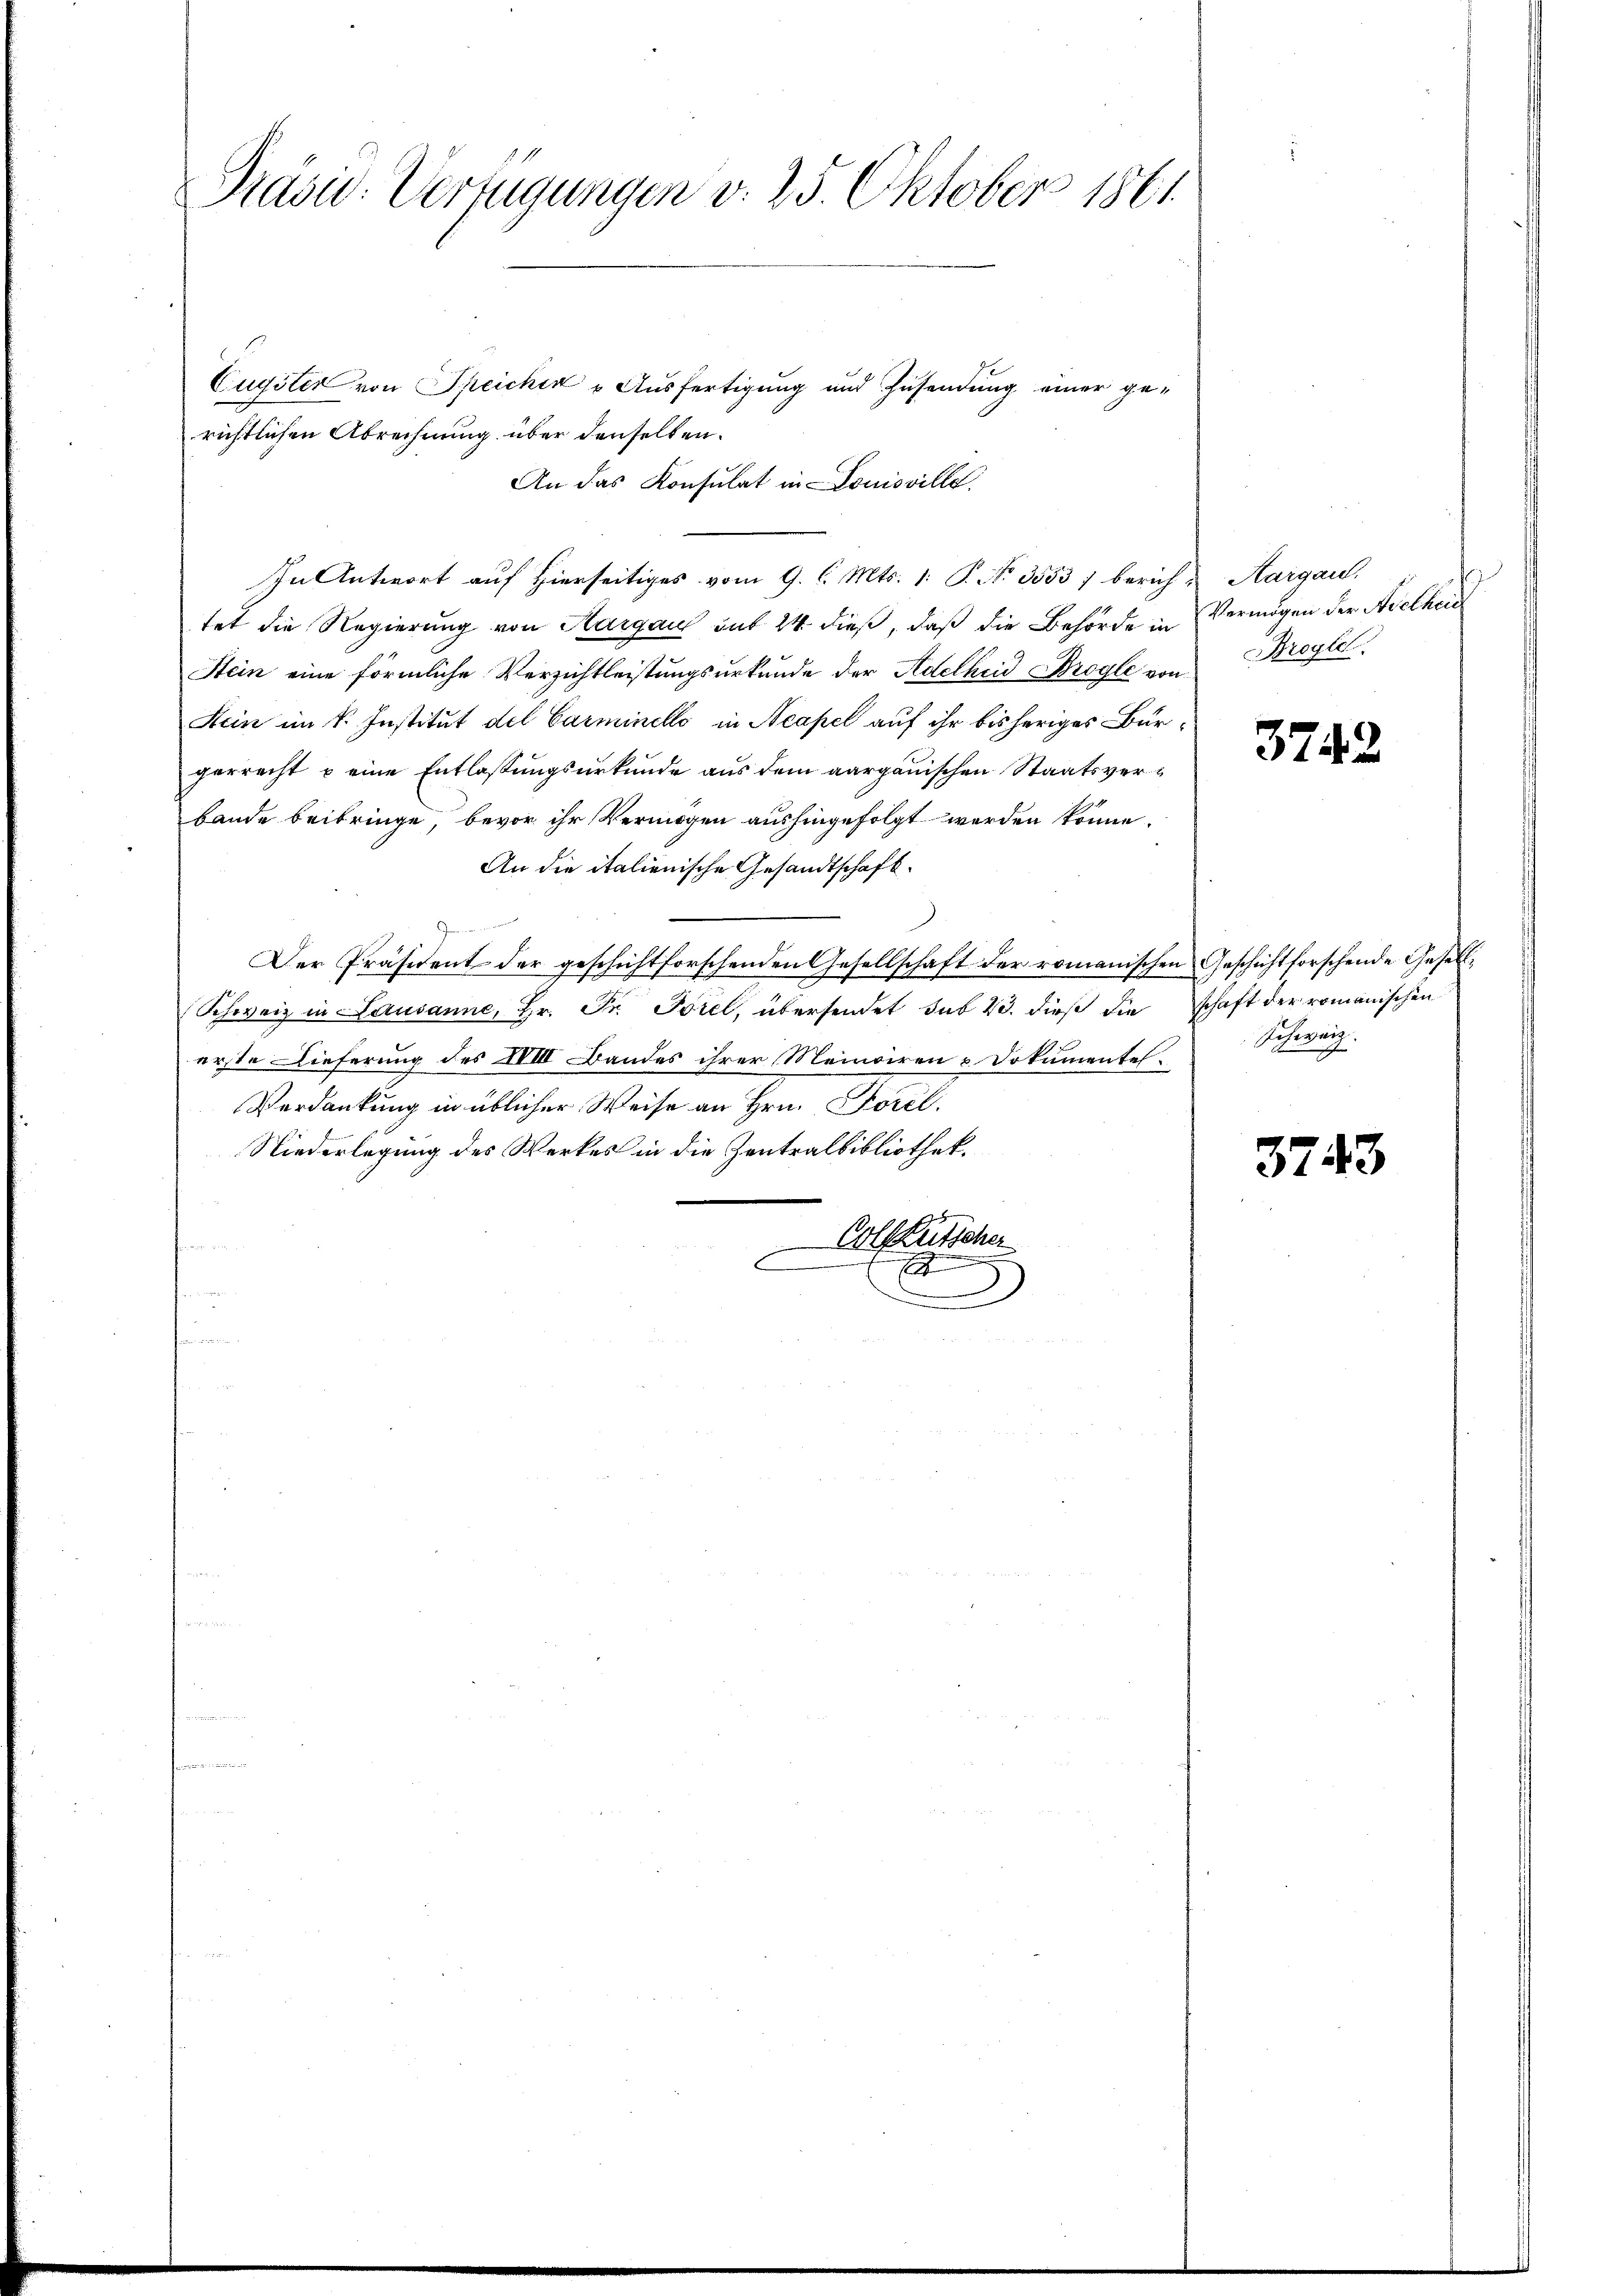
Präsid-Verfügungen v. 25. Oktober 1861.

Cugster von Speichen & Ausfertigung und Zusendung einer gerichtlichen Abrechnung über denselben.
An das Konsulat in Louisville.
In Antwort auf Hierseitiges vom 9. l. Mts. 1. P. No. 3553/ berich-Aargau,
tet die Regierung von Aargau sub 24 dieß, daß die Behörde in
Stein eine förmliche Verzichtleistungsurkunde der Adelheid Brogle von
Hein im k. Institut del Carminello in Acapel auf ihr bisheriges Burgerrecht u eine Entlassungsurkunde aus dem aargauischen Staatsverbande beibringe, bevor ihr Vermögen aushingefolgt werden könne.
An die italienische Gesandtschaft¬
Der Präsident der geschichtforschenden Gesellschaft der romanischen Geschichtforschende Gesell¬
Schweiz in Lausanne, Hr. Fr. Torel, übersendet sub 23. dieß die schaft der romanischen
erste Dieferung des XIII Bandes ihrer Meinoiren & Dokumentel
Verdankung in üblicher Weise an Hrn. Forel,
Niederlegung des Werkes in die Zentralbibliothek.
Colgkutscher
C
.

Vermögen der Adelhei
royle.

3742

Schweiz.
.

3743